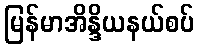
မြန်မာအိန္ဒိယနယ်စပ်